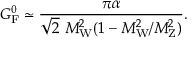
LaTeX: G _ { \mathrm { { F } } } ^ { 0 } \simeq { \frac { \pi \alpha } { { \sqrt { 2 } } ~ M _ { \mathrm { { W } } } ^ { 2 } ( 1 - M _ { \mathrm { { W } } } ^ { 2 } / M _ { \mathrm { { Z } } } ^ { 2 } ) } } .